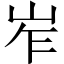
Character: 岝